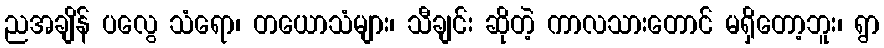
ညအချိန် ပလွေ သံရော၊ တယောသံများ၊ သီချင်း ဆိုတဲ့ ကာလသားတောင် မရှိတော့ဘူး၊ ရွာ